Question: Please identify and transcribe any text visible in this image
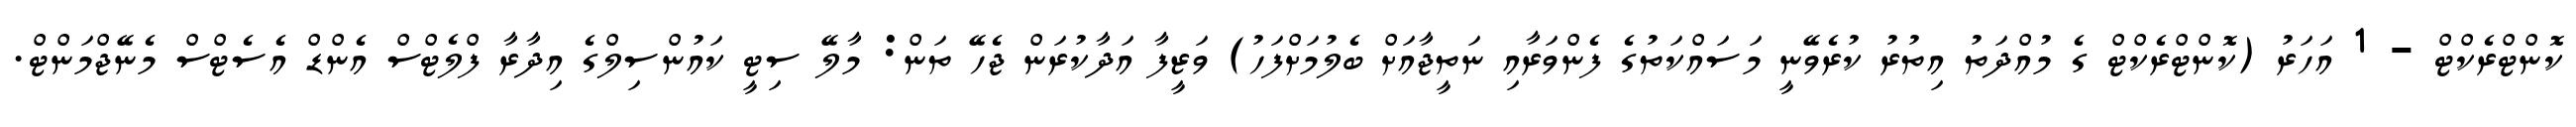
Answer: ކޮންޓްރެކްޓް - 1 އަހަރު (ކޮންޓްރެކްޓް ގެ މުއްދަތު އިތުރު ކުރެވޭނީ މަސައްކަތުގެ ފެންވަރާއި ނަތީޖާއަށް ބެލުމަށްފަހު) ވަޒީފާ އަދާކުރަން ޖެހޭ ތަން: މާލޭ ސިޓީ ކައުންސިލްގެ އިދާރާ ފްލެޓްސް އެންޑް އެސެޓްސް މެނޭޖްމަންޓް.